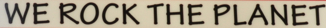
WE ROCK THE PLANET